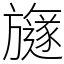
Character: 旞